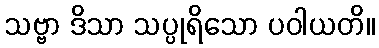
သဗ္ဗာ ဒိသာ သပ္ပုရိသော ပဝါယတိ။